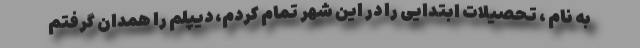
به نام ، تحصیلات ابتدایی را در این شهر تمام کردم، دیپلم را همدان گرفتم